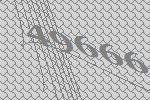
49666